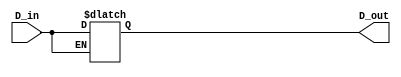
module Latch_Race_1 (D_out, D_in);
output D_out;
input D_in;
reg D_out;
reg En;

always @ (D_in) En = D_in;
always @ (D_in or En) if (En== 0) D_out = D_in;
endmodule

module Latch_Race_2 (D_out, D_in);
output D_out;
input D_in;
reg D_out;
reg En;


always @ (D_in or En) if (En== 0) D_out = D_in;
always @ (D_in) En = D_in;
endmodule

module Latch_Race_3 (D_out, D_in);
output D_out;
input D_in;
reg D_out;
wire En;


buf #1 (En, D_in);

always @ (D_in or En)
 if (En== 0) D_out = D_in;
 
endmodule

module Latch_Race_4 (D_out, D_in);
output D_out;
input D_in;
reg D_out;
wire En;


buf #1 (En, D_in);

always @ (D_in or En)
#3  if (En== 0) D_out = D_in;
 
endmodule


/*
module t_latch_Races ();
wire D_out_1, D_out_2, D_out_3, D_out_4;
reg D_in;


Latch_Race_1 M1 (D_out_1, D_in);
Latch_Race_2 M2 (D_out_2, D_in);
Latch_Race_3 M3 (D_out_3, D_in);
Latch_Race_4 M4 (D_out_4, D_in);

initial #500 $finish;
initial fork

#20 D_in = 0;
#50 D_in = 1;
#100 D_in = 0;
#200 D_in = 1;
#300 D_in = 0;
join


endmodule
*/